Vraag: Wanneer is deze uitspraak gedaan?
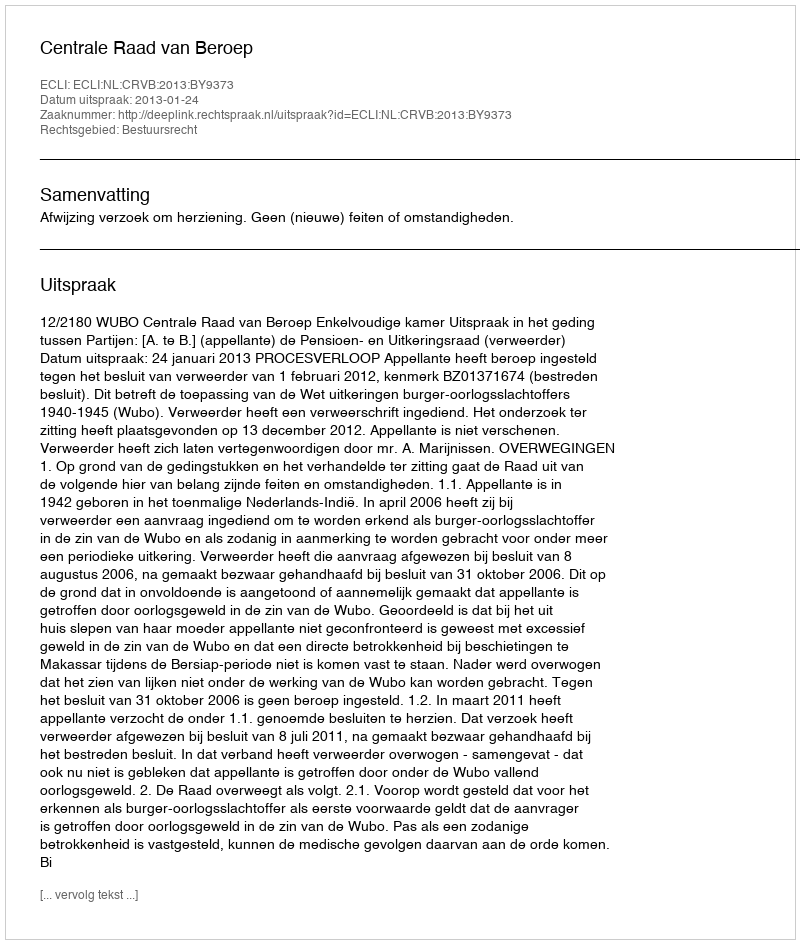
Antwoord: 2013-01-24